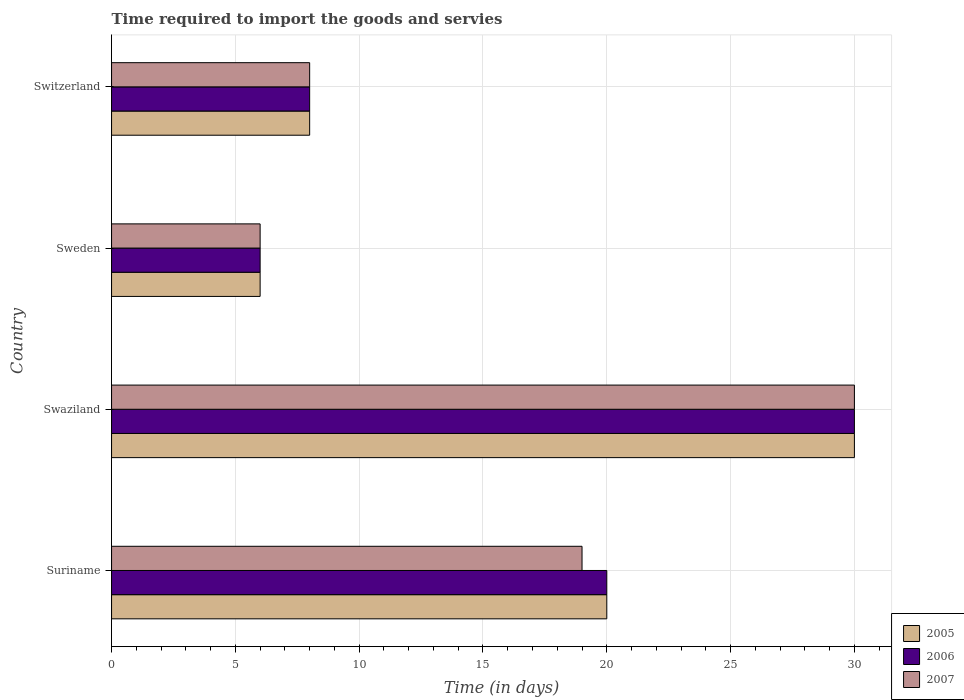
| Country | 2005 | 2006 | 2007 |
 | --- | --- | --- | --- |
 | Suriname | 20 | 20 | 19 |
 | Swaziland | 30 | 30 | 30 |
 | Sweden | 6 | 6 | 6 |
 | Switzerland | 8 | 8 | 8 |